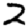
Digit: 2